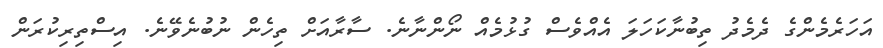
އަހަރެމެންގެ ދެމެދު ތިބުނާކަހަލަ އެއްވެސް ގުޅުމެއް ނޯންނާނެ. ސާރާއަށް ތިހެން ނުބުނެވޭނެ. އިސްތިރިކުރަން